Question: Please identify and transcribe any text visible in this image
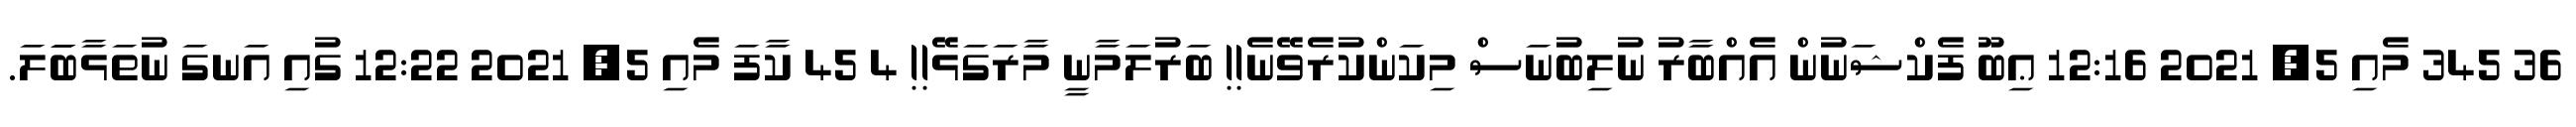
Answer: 36 345 މެއި 5, 2021 12:16 ޢިބޫ ފެކްޝަނުން އެއްބާރު ނުލިބުނަސް މިކަންކުރެވޭނެ!! ބަރުލަމާނީ މާރަގަޅޭ!! 4 45 ކާފަ މެއި 5, 2021 12:22 ގުއި އަނގަ ނުތަޅާބަަލަ.